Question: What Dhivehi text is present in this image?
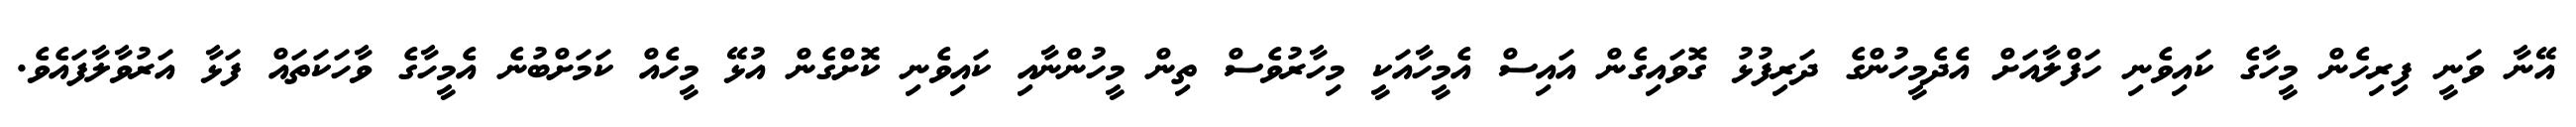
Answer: އޭނާ ވަނީ ފިރިހެން މީހާގެ ކައިވެނި ހަފްލާއަށް އެދެމީހުންގެ ދަރިފުޅު ގޮވައިގެން އައިސް އެމީހާއަކީ މިހާރުވެސް ތިން މީހުންނާއި ކައިވެނި ކޮށްގެން އުޅޭ މީހެއް ކަމަށްބުނެ އެމީހާގެ ވާހަކަތައް ފަޅާ އަރުވާލާފައެވެ.